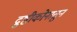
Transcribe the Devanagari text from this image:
द्रुष्टीकोनातुन